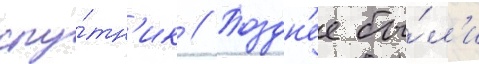
спу́тн'ик // Поздн'ее бы́л'и